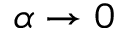
\alpha \to 0